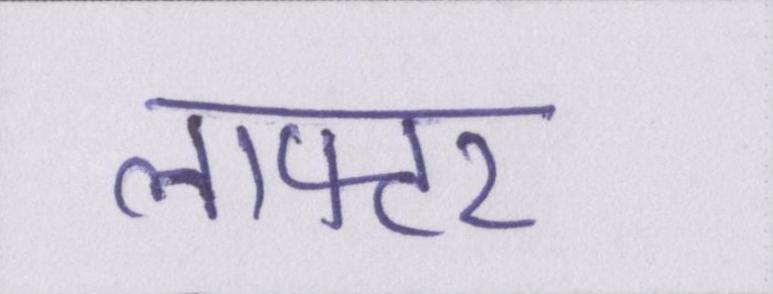
लाफ्टर